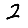
Digit: 2